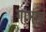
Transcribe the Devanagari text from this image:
गाभाच